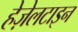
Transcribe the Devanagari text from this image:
हेज़ेलटाइन